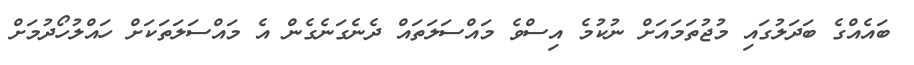
ބައެއްގެ ބަދަލުގައި މުޖުތަމައަށް ނުކުމެ އިސްވެ މައްސަލަތައް ދެނެގަނެގެން އެ މައްސަލަތަކަށް ހައްލުހޯދުމަށް